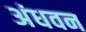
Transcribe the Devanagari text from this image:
अंधवन